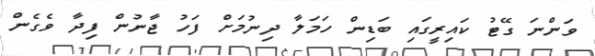
ވަންނަ ގޭޓު ކައިރީގައި ބަޑިން ހަމަލާ ދިނުމަށް ފަހު ޖާނުން ފިދާ ވެގެން